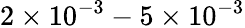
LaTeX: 2\times 10^{-3}-5\times 10^{-3}